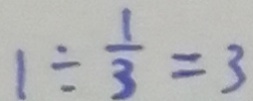
1 \div \frac { 1 } { 3 } = 3